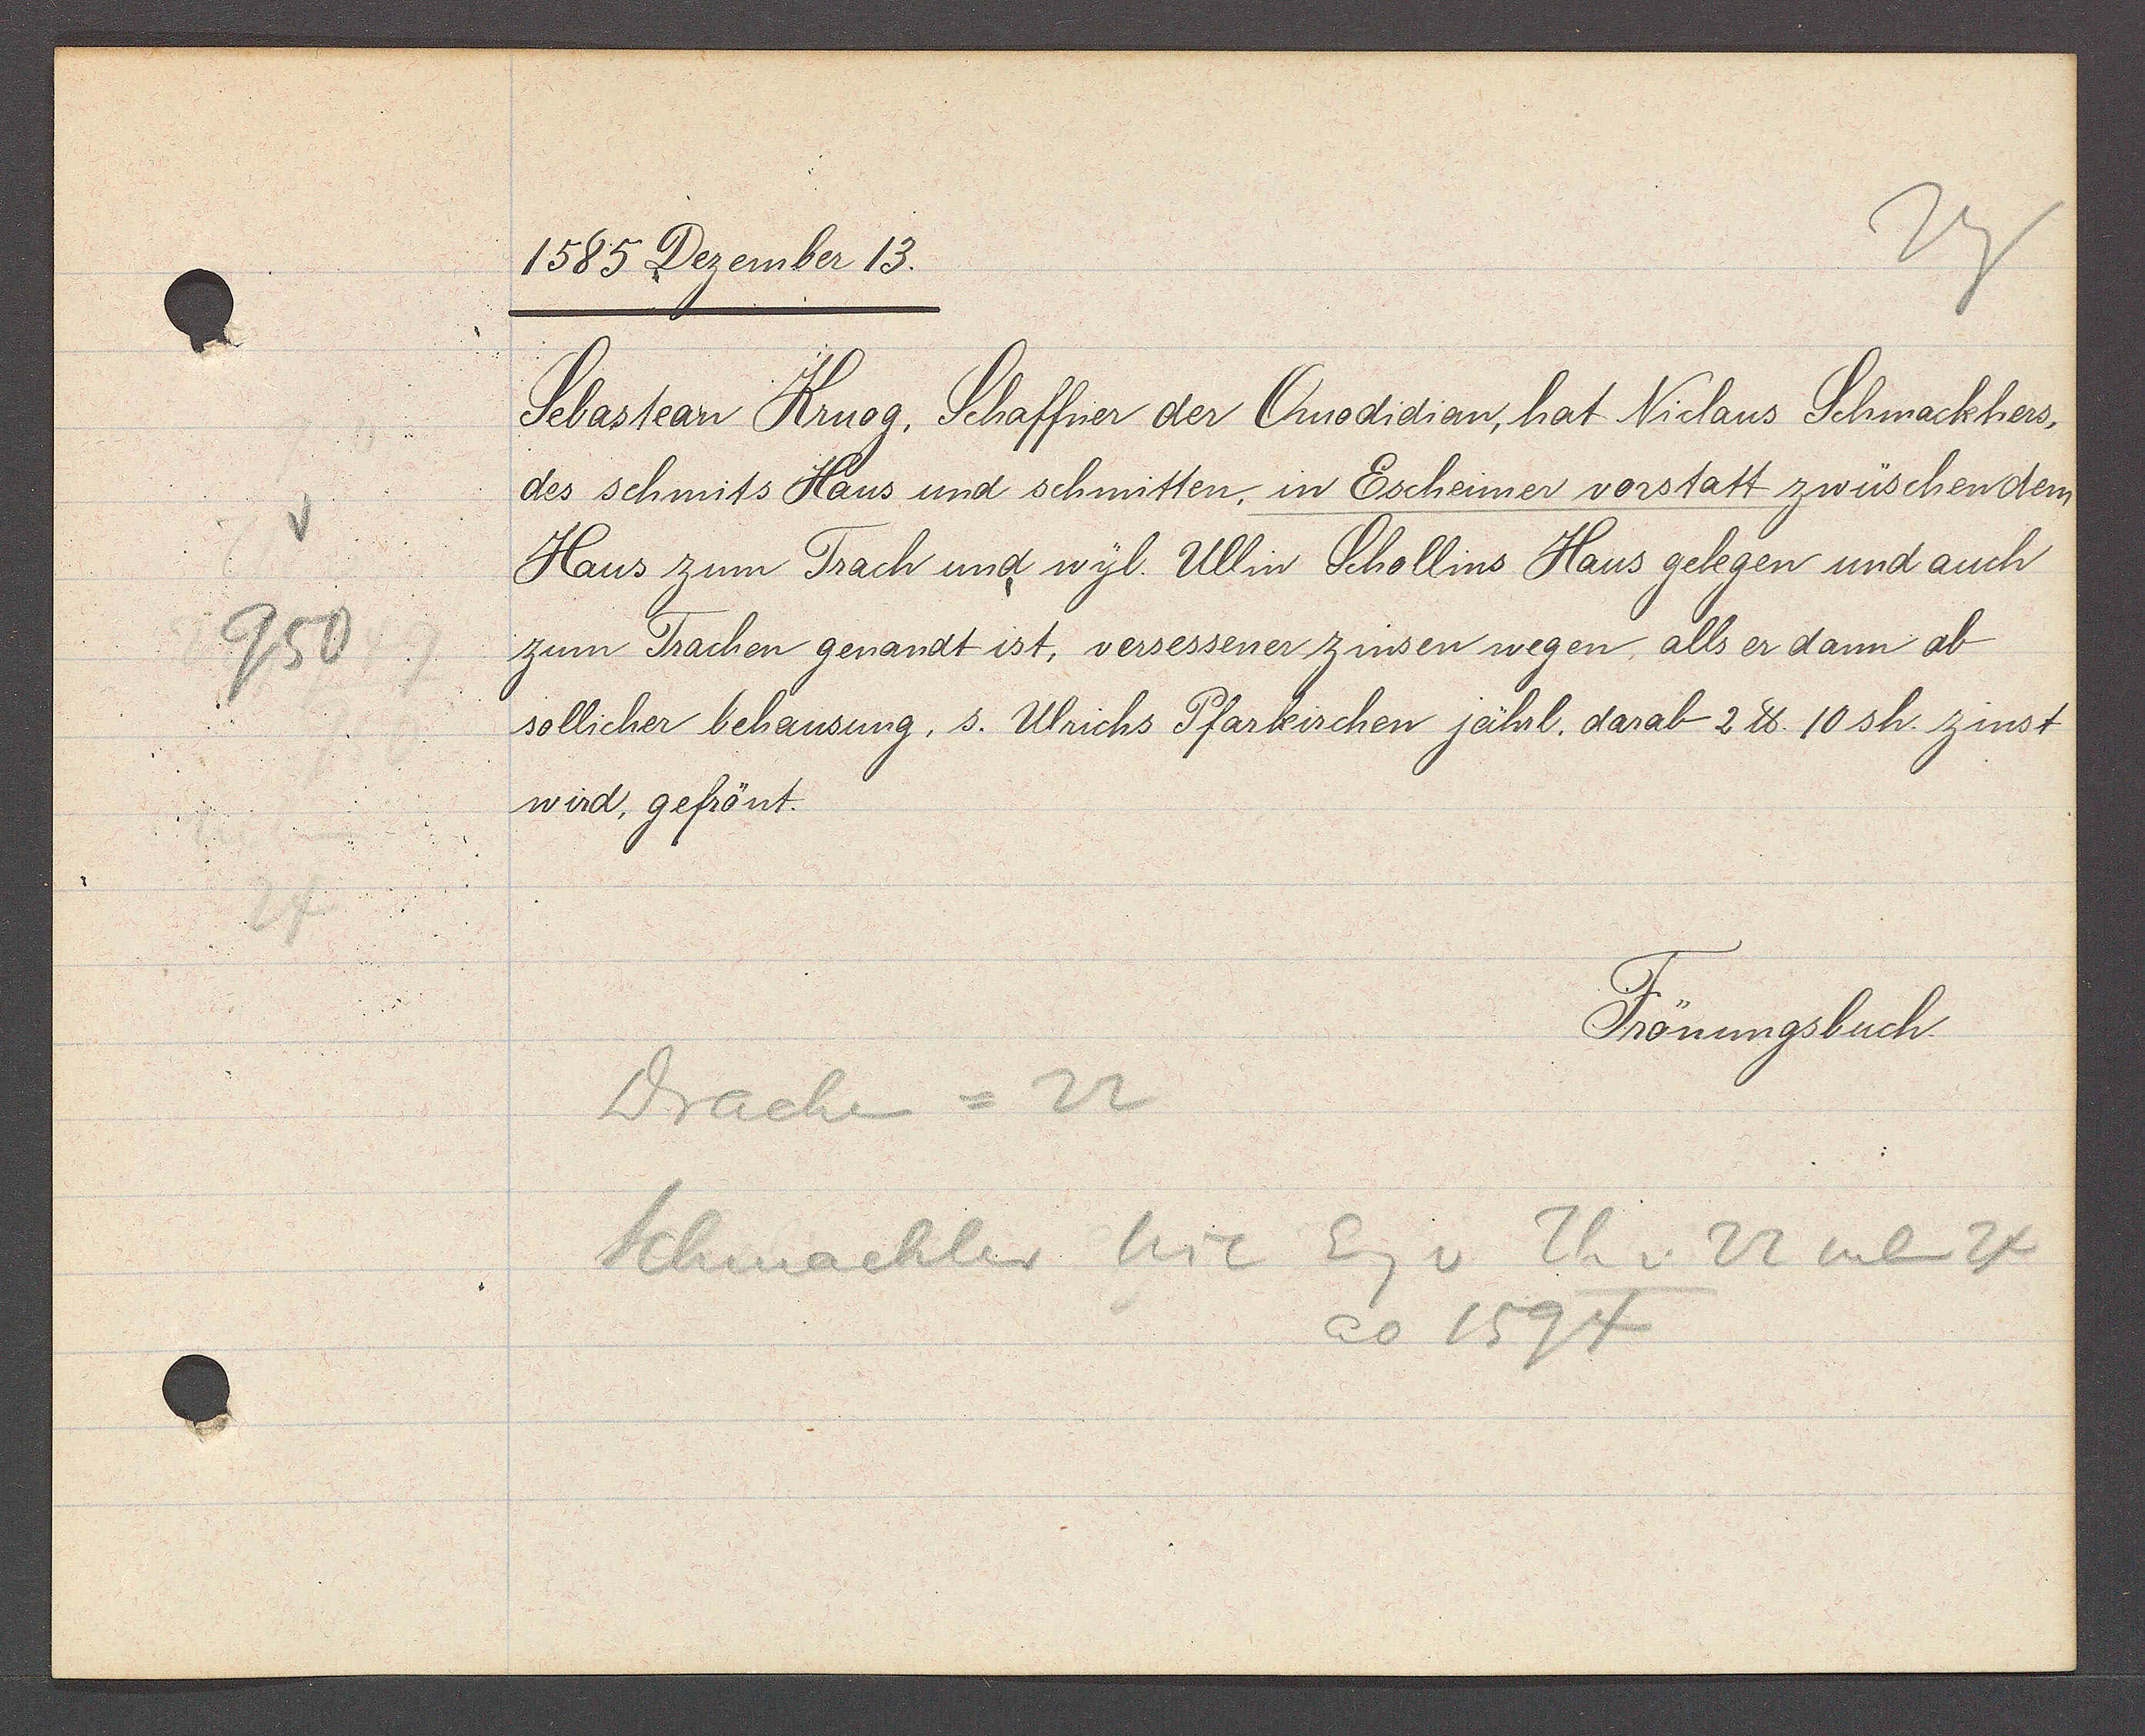
Transcript:
950

1585 Dezember 13.

Sebastean Kruog, Schaffner der Quodidian, hat Niclaus Schmackhers,
des schmits Haus und schmitten, in Escheimer vorstatt zwüschen dem
Haus zum Trach und wyl. Ullin Schollins Haus gelegen und auch
zum Trachen genandt ist, versessener zinsen wegen alls er dann ab
sollicher behausung, s. Ulrichs Pfarkirchen jährl. darab 2 ℔. 10 sh. zinst
wird, gefrönt.

Drachen = 22
Schmackler Nic Eig v Th v. 22 neben 24
ao 1594

Frönungsbuch.